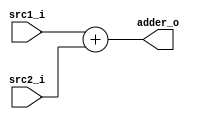
module Adder
(
    src1_i,
    src2_i,
    adder_o
);

input [31:0] src1_i;
input [31:0] src2_i;
output [31:0] adder_o;

assign adder_o = src1_i + src2_i;

endmodule